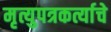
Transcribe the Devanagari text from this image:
मृत्युपत्रकर्त्याचे